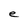
Character: e